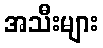
အသီးများ